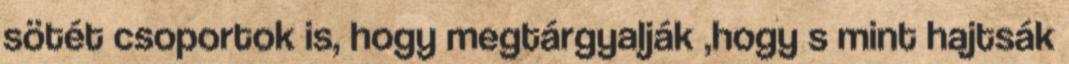
sötét csoportok is, hogy megtárgyalják ,hogy s mint hajtsák